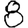
Digit: 8